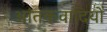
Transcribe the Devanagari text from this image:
आंतकवादियों